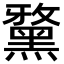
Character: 𪑢